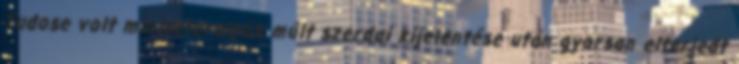
Tudose volt miniszterelnök múlt szerdai kijelentése után gyorsan elterjedt